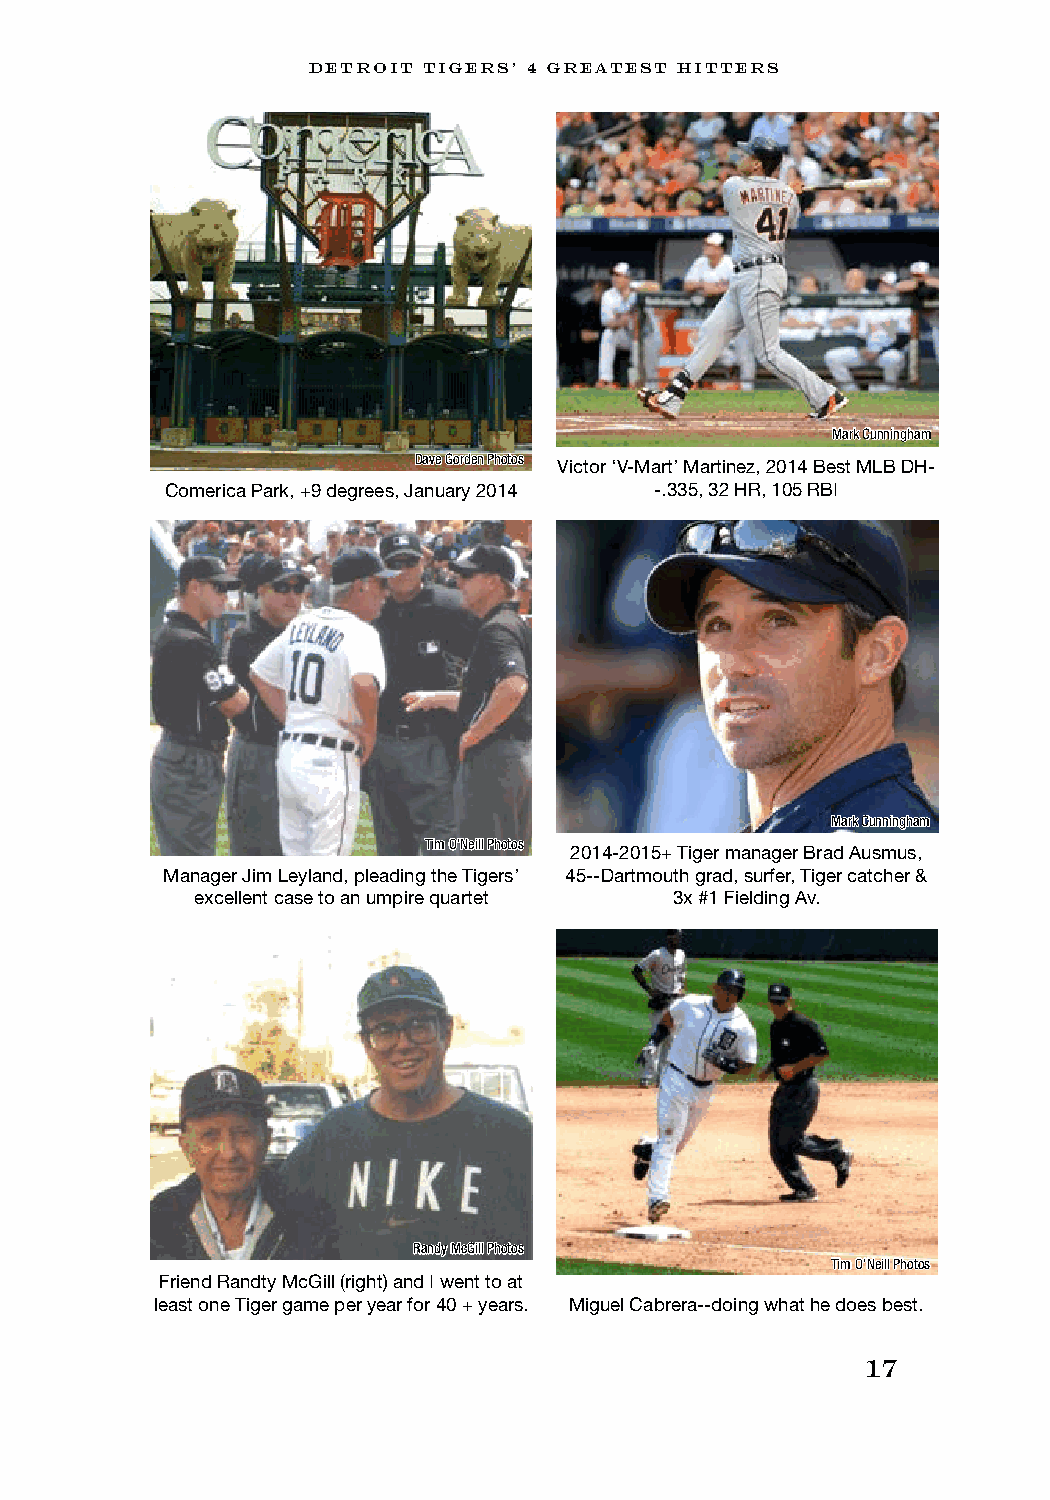
DETROIT TIGERS’ 4 GREATEST HITTERS
 Mark Cunningham
 Dave Gorden Photos Victor ‘V-Mart’ Martinez, 2014 Best MLB DH-
 Comerica Park, +9 degrees, January 2014 -.335, 32 HR, 105 RBI
 Mark Cunningham
 Tim O’Neill Photos
 2014-2015+ Tiger manager Brad Ausmus,
 Manager Jim Leyland, pleading the Tigers’ 45--Dartmouth grad, surfer, Tiger catcher &
 excellent case to an umpire quartet 3x #1 Fielding Av.
 Randy McGill Photos
 Tim O’Neill Photos
 Friend Randty McGill (right) and I went to at
 least one Tiger game per year for 40 + years. Miguel Cabrera--doing what he does best.
 17